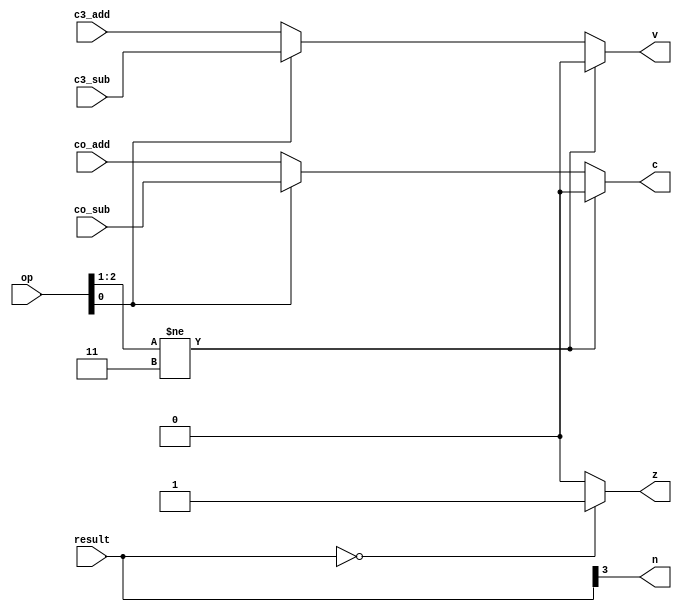
module cal_flags4(op,result,co_add,c3_add,co_sub,c3_sub,c,n,z,v); // this module's goal is print c,n,z,v
	input [2:0] op; // define 3 bits input op 
	input [3:0] result; // define 4 bits input result
	input co_add, c3_add, co_sub, c3_sub; // define input co_add, c3_add, co_sub, c3_sub
	output c,n,z,v; // define output c,n,z,v
	
// c == carry out
// c = 110 -> co_add / c = 111 -> co_sub
assign c = (op[2:1] != 2'b11) ? 1'b0 : ((op[0] == 1'b0) ? co_add : co_sub);
// n == negative	
// sign bit of the result = result[3]
assign n = result[3];
// z == zero
// z = 1 means all bit is zero if there is even one zero, then z = 0
assign z = (result[3:0] == 4'b0000) ? 1'b1 : 1'b0; 
// v == overflow
// v = 110 -> c3_add / v = 111 -> c3_sub
assign v = (op[2:1] != 2'b11) ? 1'b0 : ((op[0] == 1'b0) ? c3_add : c3_sub);
	
	
endmodule // end of module